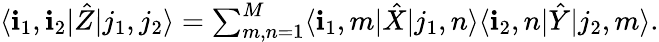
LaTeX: \textstyle\langle\mathbf{i}_{1},\mathbf{i}_{2}|\hat{{Z}}|j_{1},j_{2}\rangle=\sum_{m,n=1}^{M}\langle\mathbf{i}_{1},m|\hat{{X}}|j_{1},n\rangle\langle\mathbf{i}_{2},n|\hat{{Y}}|j_{2},m\rangle.